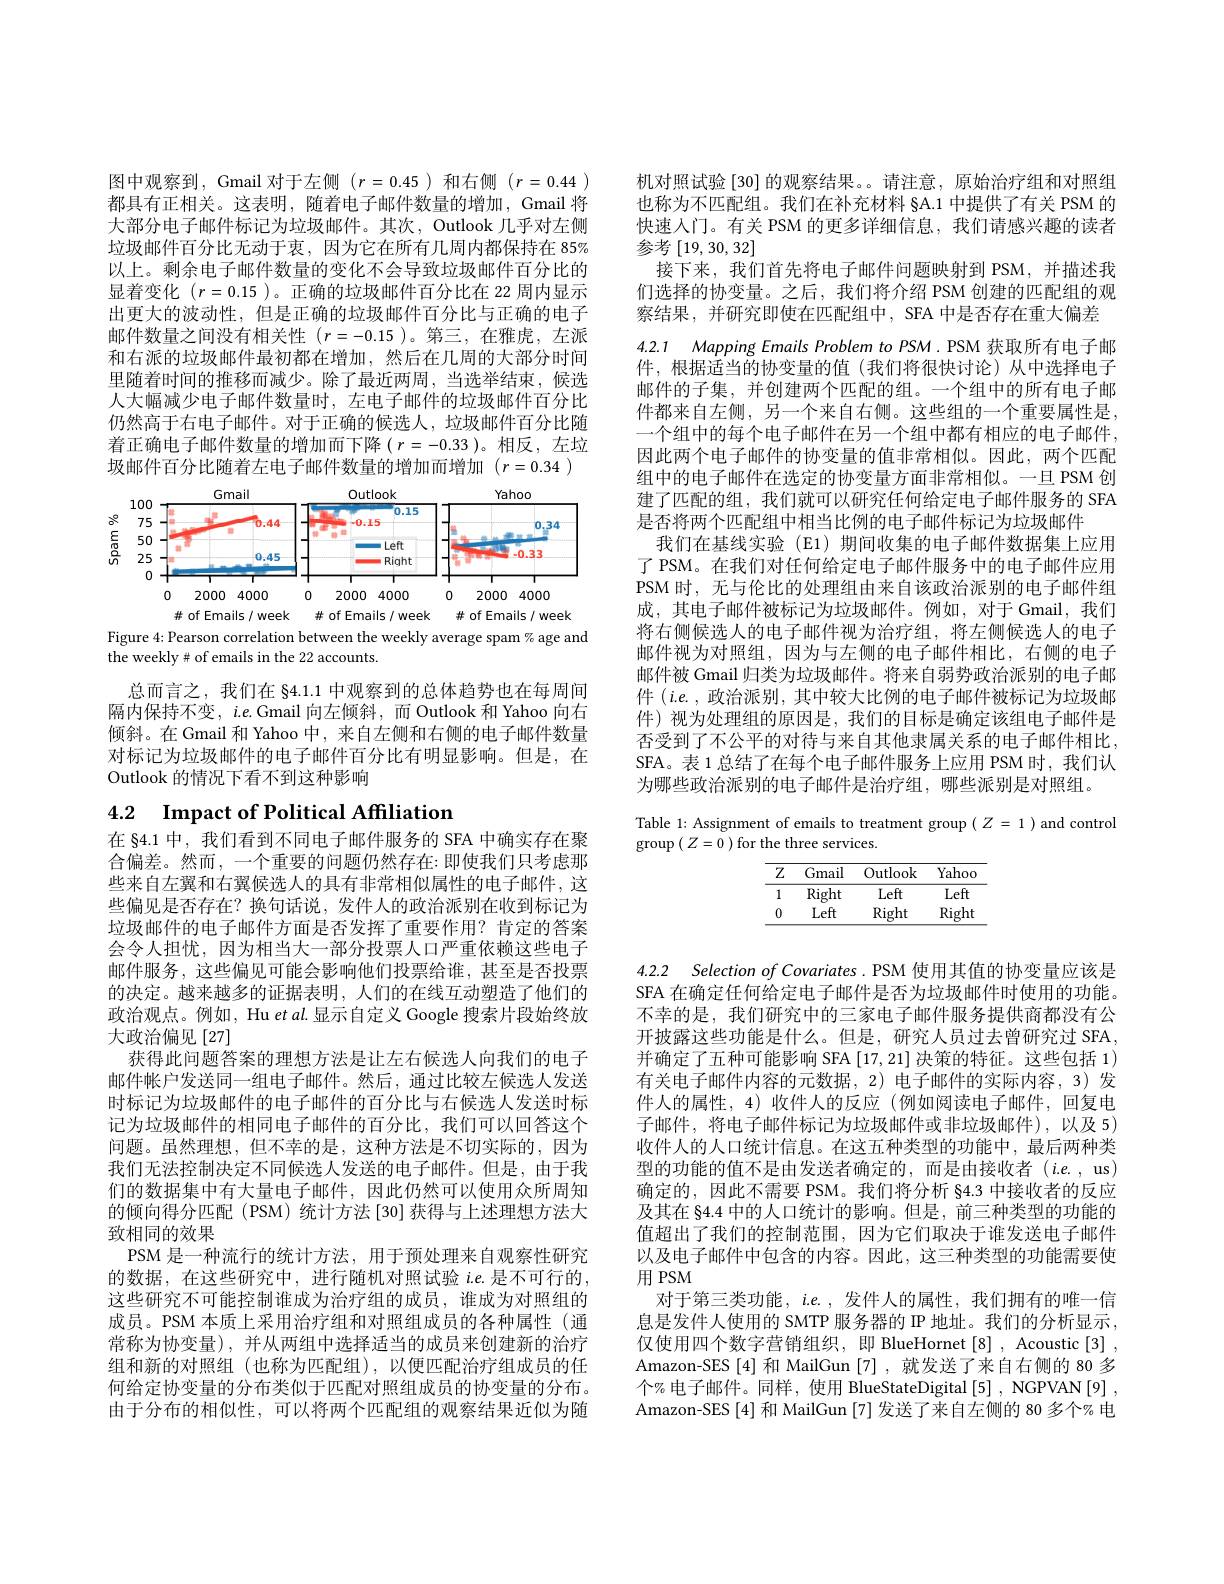
图中观察到，Gmail 对于左侧$(r=0.45)$和右侧$(r=0.44)$ 都具有正相关。这表明，随着电子邮件数量的增加，Gmail 将大部分电子邮件标记为垃圾邮件。其次，Outlook 几乎对左侧垃圾邮件百分比无动于衷，因为它在所有几周内都保持在 85% 以上。剩余电子邮件数量的变化不会导致垃圾邮件百分比的显着变化$(r=0.15$ )。正确的垃圾邮件百分比在 22 周内显示出更大的波动性，但是正确的垃圾邮件百分比与正确的电子邮件数量之间没有相关性$(r=-0.15$ )。第三，在雅虎，左派和右派的垃圾邮件最初都在增加，然后在几周的大部分时间里随着时间的推移而减少。除了最近两周，当选举结束，候选人大幅减少电子邮件数量时，左电子邮件的垃圾邮件百分比仍然高于右电子邮件。对于正确的候选人，垃圾邮件百分比随$\begin{aligned}\text{着正确电子邮件数量的增加而下降}(\:r=-0.33\:)\mathrm{。相反，左垃}\end{aligned}$ 圾邮件百分比随着左电子邮件数量的增加而增加$(r=0.34)$

<FigureHere>

Figure 4: Pearson correlation between the weekly average spam % age and
the weekly# of emails in the 22 accounts.

总而言之，我们在 §4.1.1 中观察到的总体趋势也在每周间隔内保持不变，$i.e.$Gmail 向左倾斜，而 Outlook 和 Yahoo 向右倾斜。在 Gmail 和 Yahoo 中，来自左侧和右侧的电子邮件数量对标记为垃圾邮件的电子邮件百分比有明显影响。但是，在Outlook 的情况下看不到这种影响

# 4.2 $\textbf{Impact of Political Affiliation}$

在 84.1 中，我们看到不同电子邮件服务的 SFA 中确实存在聚合偏差。然而，一个重要的问题仍然存在：即使我们只考虑那些来自左翼和右翼候选人的具有非常相似属性的电子邮件，这些偏见是否存在？换句话说，发件人的政治派别在收到标记为垃圾邮件的电子邮件方面是否发挥了重要作用？肯定的答案会令人担忧，因为相当大一部分投票人口严重依赖这些电子邮件服务，这些偏见可能会影响他们投票给谁，甚至是否投票的决定。越来越多的证据表明，人们的在线互动塑造了他们的政治观点。例如，Hu etal.显示自定义 Google 搜索片段始终放大政治偏见[27]
获得此问题答案的理想方法是让左右候选人向我们的电子邮件帐户发送同一组电子邮件。然后，通过比较左候选人发送时标记为垃圾邮件的电子邮件的百分比与右候选人发送时标记为垃圾邮件的相同电子邮件的百分比，我们可以回答这个问题。虽然理想，但不幸的是，这种方法是不切实际的，因为我们无法控制决定不同候选人发送的电子邮件。但是，由于我们的数据集中有大量电子邮件，因此仍然可以使用众所周知的倾向得分匹配(PSM) 统计方法[30]获得与上述理想方法大致相同的效果
PSM 是一种流行的统计方法，用于预处理来自观察性研究的数据，在这些研究中，进行随机对照试验$i.e.$是不可行的， 这些研究不可能控制谁成为治疗组的成员，谁成为对照组的成员。PSM 本质上采用治疗组和对照组成员的各种属性(通常称为协变量),并从两组中选择适当的成员来创建新的治疗组和新的对照组(也称为匹配组),以便匹配治疗组成员的任何给定协变量的分布类似于匹配对照组成员的协变量的分布。由于分布的相似性，可以将两个匹配组的观察结果近似为随

机对照试验[30]的观察结果。。请注意，原始治疗组和对照组也称为不匹配组。我们在补充材料 §A.1 中提供了有关 PSM 的快速入门。有关 PSM 的更多详细信息，我们请感兴趣的读者参考$\left[19,30,32\right]$
接下来，我们首先将电子邮件问题映射到 PSM,并描述我们选择的协变量。之后，我们将介绍 PSM 创建的匹配组的观察结果，并研究即使在匹配组中，SFA 中是否存在重大偏差
4.2.1 Mapping Emails Problem to PSM. PSM 获取所有电子邮件，根据适当的协变量的值(我们将很快讨论)从中选择电子邮件的子集，并创建两个匹配的组。一个组中的所有电子邮件都来自左侧，另一个来自右侧。这些组的一个重要属性是， 一个组中的每个电子邮件在另一个组中都有相应的电子邮件， 因此两个电子邮件的协变量的值非常相似。因此，两个匹配组中的电子邮件在选定的协变量方面非常相似。一旦 PSM 创建了匹配的组，我们就可以研究任何给定电子邮件服务的 SFA 是否将两个匹配组中相当比例的电子邮件标记为垃圾邮件
我们在基线实验(E1)期间收集的电子邮件数据集上应用了 PSM。在我们对任何给定电子邮件服务中的电子邮件应用PSM 时，无与伦比的处理组由来自该政治派别的电子邮件组成，其电子邮件被标记为垃圾邮件。例如，对于 Gmail,我们将右侧候选人的电子邮件视为治疗组，将左侧候选人的电子邮件视为对照组，因为与左侧的电子邮件相比，右侧的电子邮件被 Gmail 归类为垃圾邮件。将来自弱势政治派别的电子邮件$(i.e.$,政治派别，其中较大比例的电子邮件被标记为垃圾邮件)视为处理组的原因是，我们的目标是确定该组电子邮件是否受到了不公平的对待与来自其他隶属关系的电子邮件相比， SFA。表 1 总结了在每个电子邮件服务上应用 PSM 时，我们认为哪些政治派别的电子邮件是治疗组，哪些派别是对照组。

Table 1: Assignment of emails to treatment group $(Z=1)$ and control
$\operatorname*{group}\left(Z=0\right)$for the three services.

<table>
	<tbody>
		<tr>
			<th>$Z$ -</th>
			<th>Gmail</th>
			<th>Outlook</th>
			<th>Yahoo</th>
		</tr>
		<tr>
			<td>1</td>
			<td>Right</td>
			<td>Left</td>
			<td>Left</td>
		</tr>
		<tr>
			<td>0</td>
			<td>Left</td>
			<td>Right</td>
			<td>Right</td>
		</tr>
	</tbody>
</table>

4.2.2 Selection of Covariates. PSM 使用其值的协变量应该是SFA 在确定任何给定电子邮件是否为垃圾邮件时使用的功能。不幸的是，我们研究中的三家电子邮件服务提供商都没有公开披露这些功能是什么。但是，研究人员过去曾研究过 SFA, 并确定了五种可能影响 SFA[17,21] 决策的特征。这些包括 1) 有关电子邮件内容的元数据，2)电子邮件的实际内容，3)发件人的属性，4)收件人的反应(例如阅读电子邮件，回复电子邮件，将电子邮件标记为垃圾邮件或非垃圾邮件),以及 5) 收件人的人口统计信息。在这五种类型的功能中，最后两种类型的功能的值不是由发送者确定的，而是由接收者(i.e.,us) 确定的，因此不需要 PSM。我们将分析 §4.3 中接收者的反应及其在 §4.4 中的人口统计的影响。但是，前三种类型的功能的值超出了我们的控制范围，因为它们取决于谁发送电子邮件以及电子邮件中包含的内容。因此，这三种类型的功能需要使用 PSM
对于第三类功能，i.e. , 发件人的属性，我们拥有的唯一信息是发件人使用的 SMTP 服务器的 IP 地址。我们的分析显示， 仅使用四个数字营销组织，即 BlueHornet[8] , Acoustic[3] , Amazon-SES [4]和 MailGun [7],就发送了来自右侧的 80 多个% 电子邮件。同样，使用 BlueStateDigital [5] , NGPVAN[9] , Amazon-SES [4] 和 MailGun [7] 发送了来自左侧的 80 多个% 电